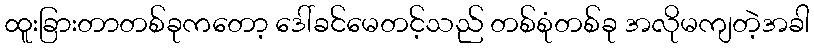
ထူးခြားတာတစ်ခုကတော့ ဒေါ်ခင်မေတင့်သည် တစ်စုံတစ်ခု အလိုမကျတဲ့အခါ